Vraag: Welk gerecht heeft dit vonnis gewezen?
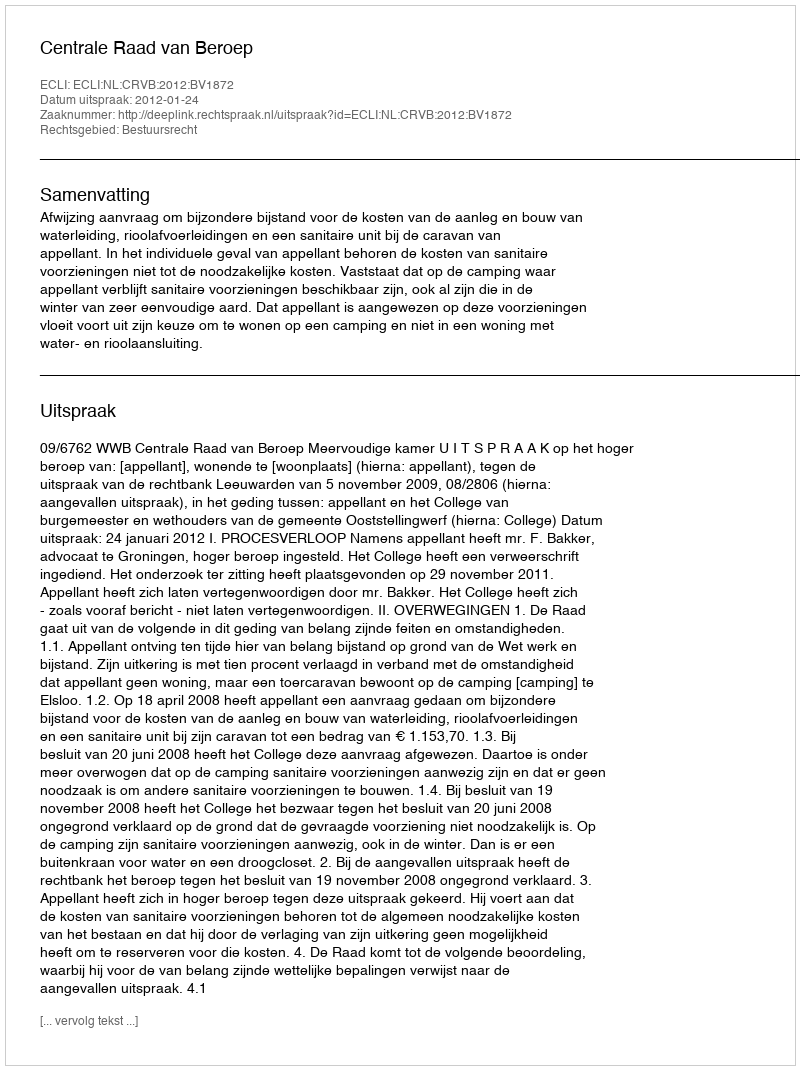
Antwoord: Centrale Raad van Beroep